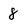
Character: 8